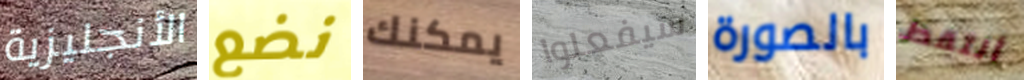
الأنجليزية نضع يمكنك سيفعلوا بالصورة ألتقط